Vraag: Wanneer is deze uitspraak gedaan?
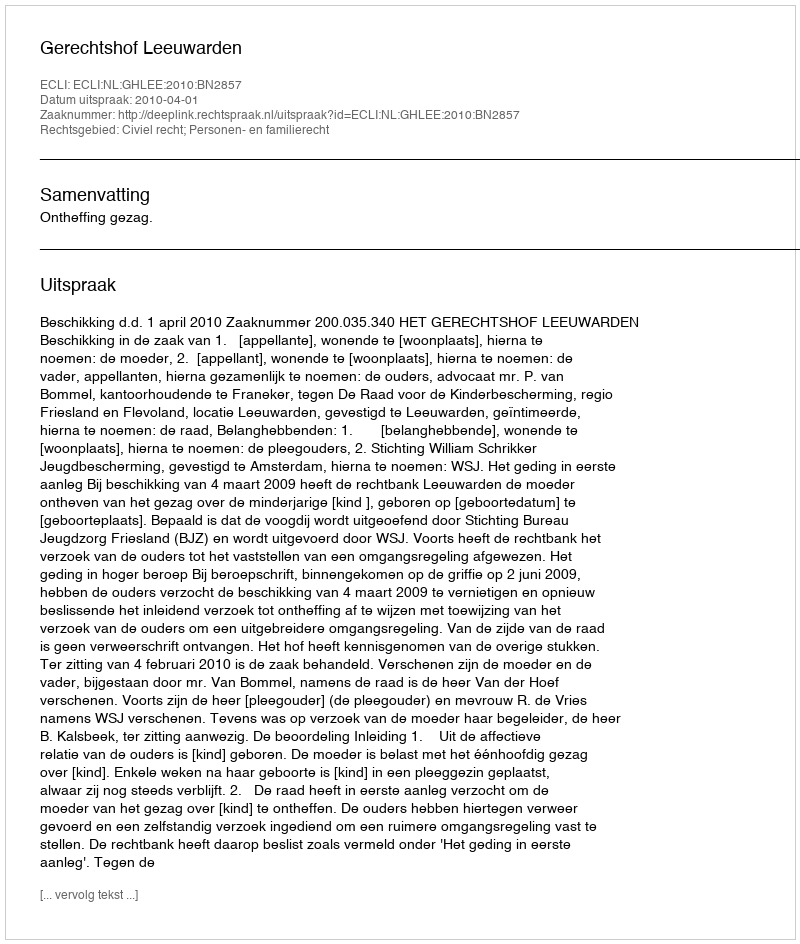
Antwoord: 2010-04-01